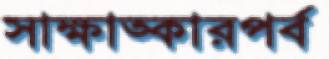
সাক্ষাত্কারপর্ব